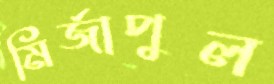
মির্জাপুল